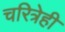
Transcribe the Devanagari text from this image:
चरित्रेही